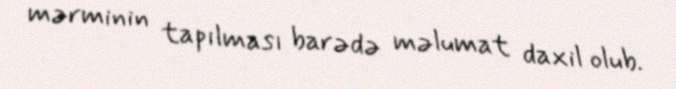
mərminin tapılması barədə məlumat daxil olub.